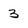
Character: 3